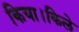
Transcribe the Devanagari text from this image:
किया।किले